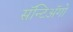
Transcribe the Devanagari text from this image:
सॅन्टिॲगो